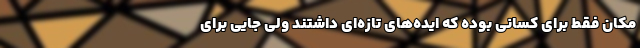
مکان فقط برای کسانی بوده که ایده‌‌های تازه‌ای داشتند ولی جایی برای